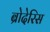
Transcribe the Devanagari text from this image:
ब्रोदेरिस